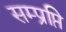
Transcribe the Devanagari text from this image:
सम्प्रप्ति